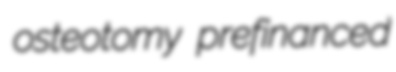
osteotomy prefinanced